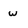
Character: w